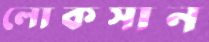
লোকসান